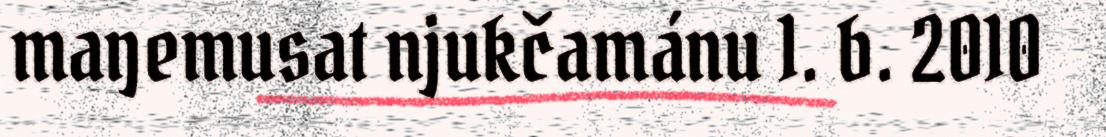
maŋemusat njukčamánu 1. b. 2010